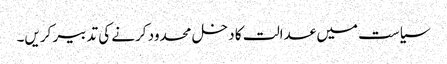
سیاست میں عدالت کا دخل محدود کرنے کی تدبیر کریں۔